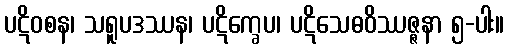
ပဋိဝစန၊ သရူပဒဿန၊ ပဋိက္ခေပ၊ ပဋိသေဓဝိဿဇ္ဇနာ ၅-ပါး။